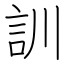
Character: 訓